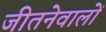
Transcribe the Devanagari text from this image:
जीतनेवालों